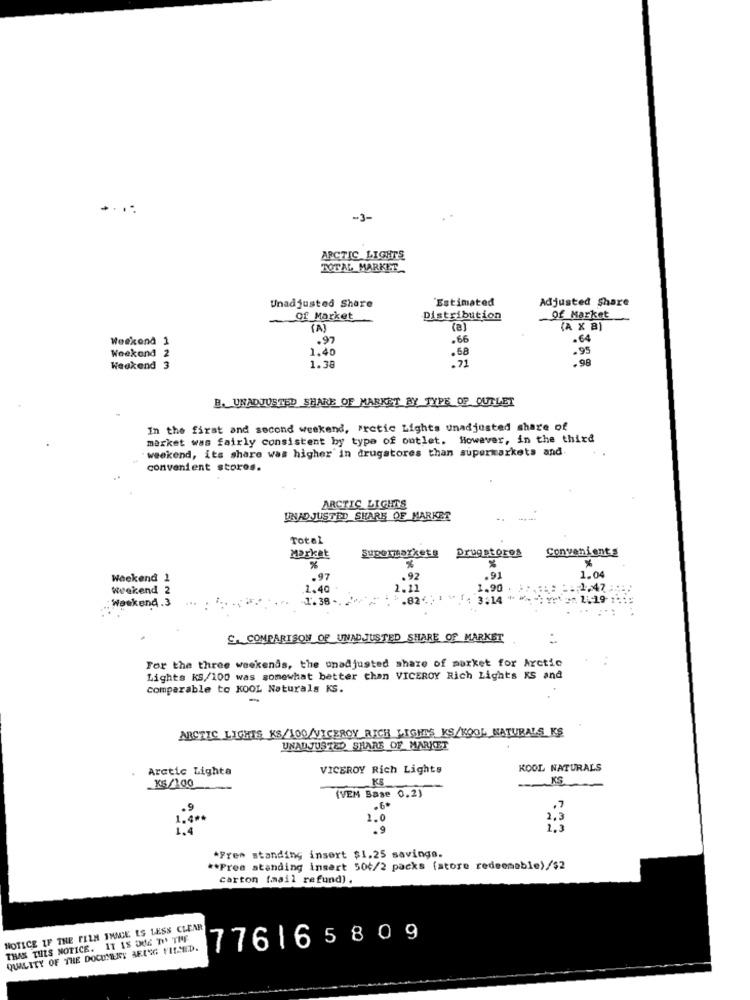
-3-
ARCTIC LIGHTS
TOTAL MARKET
Unadjusted Share
Estimated
Adjusted Share
Of Market
Distribution
of Market
(A)
(a)
(A X 8)
Weekend 1
.97
.66
.64
1.40
.68
.95
Weekend 2
.71
.98
Weekend
1.38
E. UNADJUSTED SHARE OF MARKET BY TYPE OF OUTLET
In the first and second weekend, "retic Lights unadjusted share of
market was fairly consistent by type of outlet. However, in the third
weekend, its share was higher' in drugstores than supermarkets and.
convenient stores.
ARCTIC LIGHTS
UNADJUSTED SHARE OF MARKET
Total
Drugstores
Market
Supermarket!
Convenientg
Weekend 1
.97
.92
.91
1.04
weekend 2
1.40
. 11
1,90
1,47
Weekend .3
-1.38 -
.82".)
3.14
S. COMPARISON OF UNADJUSTED SHARE OF MARKET
For the three weekends, the unadjusted share of market for Arctic
Lights KS//100 was somewhat better than VICEROY Rich Lights KS and
comparable to KOOL Naturals KS.
-
ARCTIC LIGHTS KS/100/VICEROY RICH LIGHTS KS/KOOL NATURALS KS
UNADJUSTED SHARE OF MARKET
Arctic Lighta
VICEROY Rich Lights
KOOL NATURALS
KS
KS
_KS/100
(VEM Base 0.2)
.6.
1.0
2.3
.9
*Free standing insert $1.25 savings.
** Free standing insert 504/2 packs (store redeemable)/$2
carton (mail refund).
NOTICE IF THE FELH IMAGE ES LESS CLEAR
THAN THIS NOTICE. IT IS DUE D' THE
776165809
QUALITY OF THE DOCUMENT BEING FILMED.